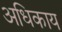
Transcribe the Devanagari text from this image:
अधिकाय